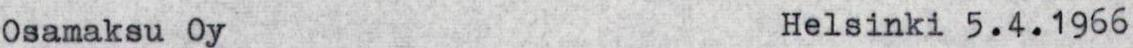
Osamaksu Oy Helsinki 5.4.1966